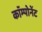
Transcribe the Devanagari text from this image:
काॅम्पोनेंट